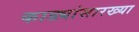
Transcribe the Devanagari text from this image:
काड्यांसारख्या